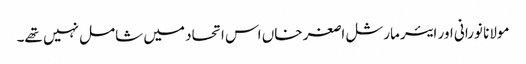
مولانا نورانی اور ایئر مارشل اصغر خاں اس اتحاد میں شامل نہیں تھے۔